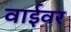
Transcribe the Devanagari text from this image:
वाईवर